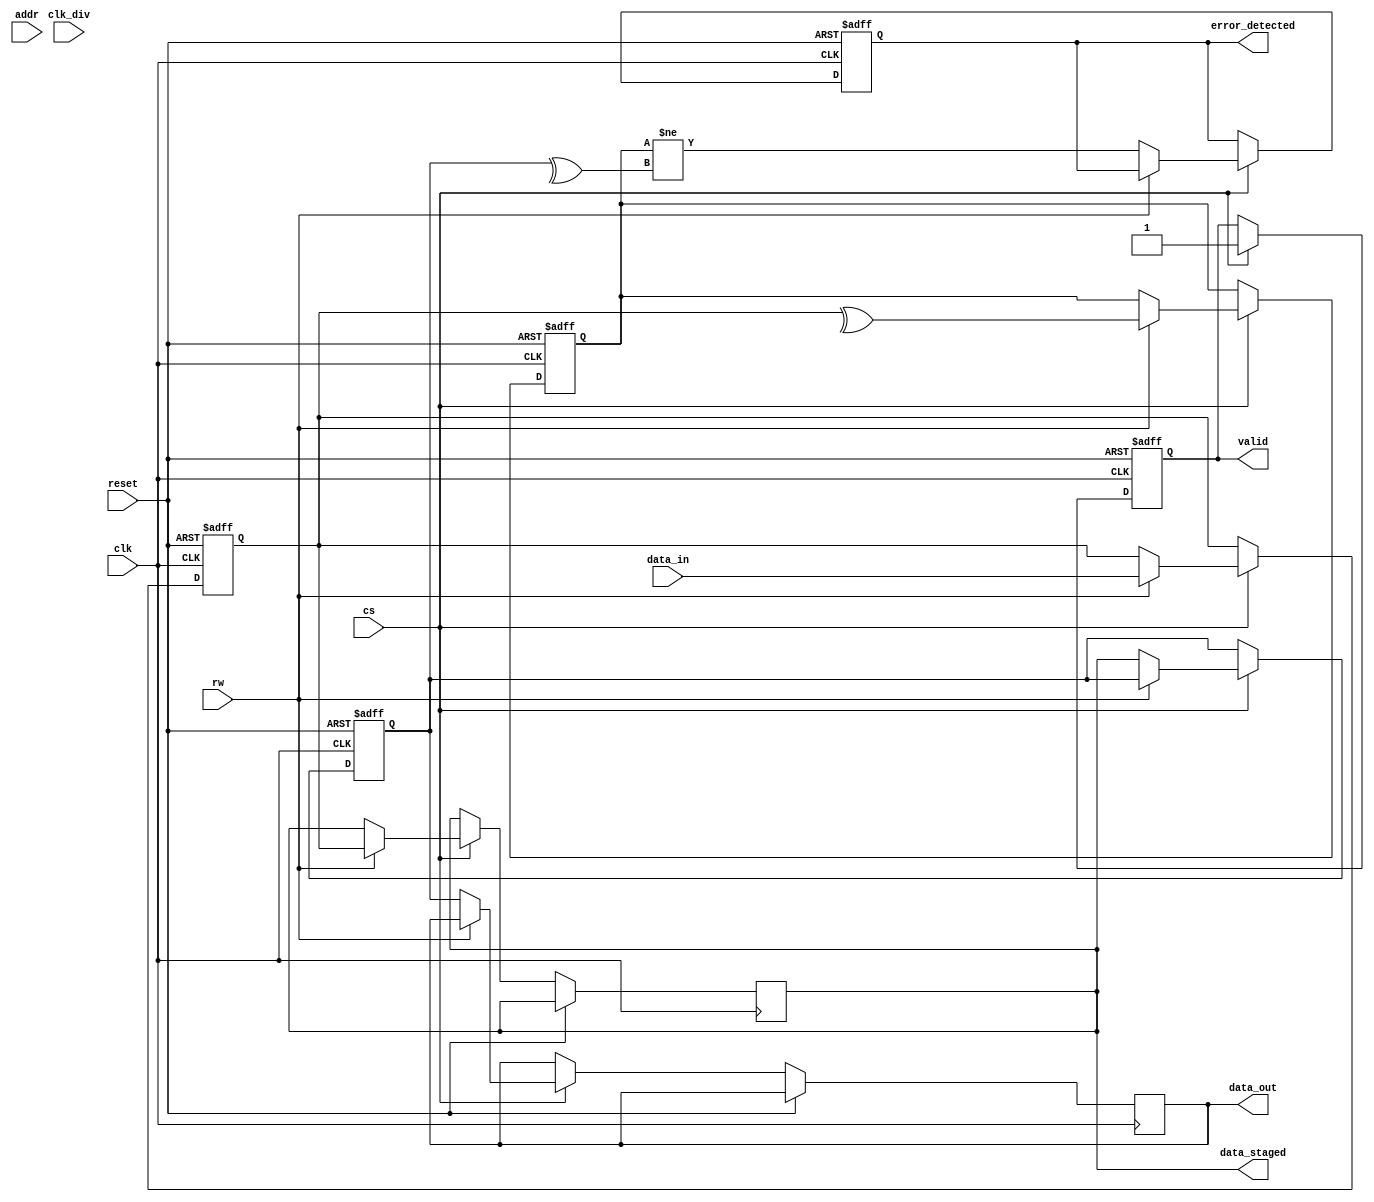
module gddr_io_block #(
    parameter DATA_WIDTH = 32, // Configurable data width (16, 32, 64)
    parameter ADDR_WIDTH = 10   // Address width for GDDR memory
)(
    input wire clk,              // Input clock
    input wire clk_div,          // Divided clock for internal operations
    input wire reset,            // Reset signal
    input wire cs,               // Chip select
    input wire rw,               // Read/Write control (1 for write, 0 for read)
    input wire [ADDR_WIDTH-1:0] addr, // Address lines
    input wire [DATA_WIDTH-1:0] data_in, // Data input from GDDR memory
    output reg [DATA_WIDTH-1:0] data_out, // Data output to GDDR memory
    output reg valid,            // Valid signal for data output
    output reg error_detected,   // Error detection signal
    output reg [DATA_WIDTH-1:0] data_staged // Staged data for output
);

// Internal registers
reg [DATA_WIDTH-1:0] data_reg;
reg [DATA_WIDTH-1:0] data_buffer;
reg parity_bit; // Simple parity for error detection

// Clock management
always @(posedge clk or posedge reset) begin
    if (reset) begin
        data_reg <= 0;
        data_buffer <= 0;
        valid <= 0;
        error_detected <= 0;
        parity_bit <= 0;
    end else if (cs) begin
        if (rw) begin
            // Write operation
            data_buffer <= data_in;
            // Calculate parity
            parity_bit <= ^data_buffer; // Simple parity calculation
            data_staged <= data_buffer; // Stage data for output
            valid <= 1; // Indicate valid data
        end else begin
            // Read operation
            data_reg <= data_staged; // Read staged data
            data_out <= data_reg; // Output data
            valid <= 1; // Indicate valid data
            // Check for parity error
            error_detected <= (parity_bit != ^data_reg); // Error detection
        end
    end
end

// Double Data Rate Operation
always @(negedge clk or posedge reset) begin
    if (reset) begin
        // Reset logic if needed
    end else if (cs) begin
        // Additional logic for DDR operation can be implemented here
    end
end

endmodule